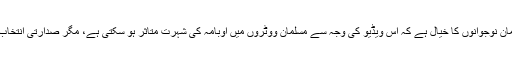
تا ہم، امریکہ میں اکثر مسلمان نوجوانوں کا خیال ہے کہ اِس ویڈیو کی وجہ سے مسلمان ووٹروں میں اوبامہ کی شہرت متاثر ہو سکتی ہے، مگر صدارتی انتخاب پر کوئی اثر نہیں پڑے گا۔